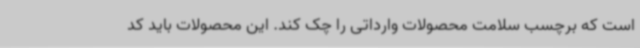
است که برچسب سلامت محصولات وارداتی را چک کند. این محصولات باید کد